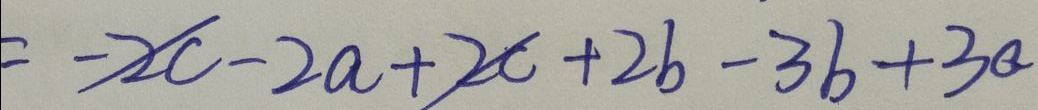
= - 2 c - 2 a + 2 c + 2 b - 3 b + 3 a